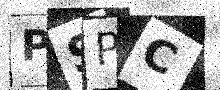
Text: PSPC